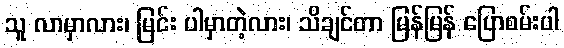
သူ လာမှာလား၊ မြင်း ပါမှာတဲ့လား၊ သိချင်တာ မြန်မြန် ပြောစမ်းပါ